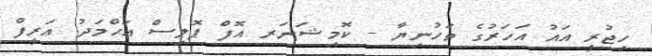
ހިޖުރީ އައު އަހަރުގެ ތަހުނިޔާ - ކޮމިޝަނަރ އޮފް ޕޮލިސް އަޙްމަދު ޢަރީފް